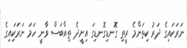
ނަރަކައިގެ ދަރު ކިތަންމެ ރީތި ގޮނޑިގޮނޑިގަ އިށީދެ ތިއްބަސް ވާނީ ހަމަ ނަރަކަިއިގެ